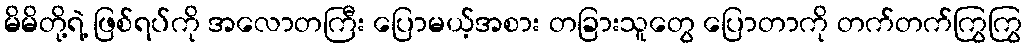
မိမိတို့ရဲ့ ဖြစ်ရပ်ကို အလောတကြီး ပြောမယ့်အစား တခြားသူတွေ ပြောတာကို တက်တက်ကြွကြွ